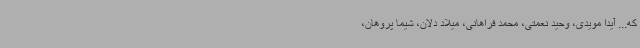
که... آیدا مویدی، وحید نعمتی، محمد فراهانی، میلاد دلان، شیما پروهان،